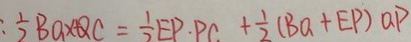
: \frac { 1 } { 2 } B a \times Q C = \frac { 1 } { 2 } E P \cdot P C + \frac { 1 } { 2 } ( B a + E P ) Q P